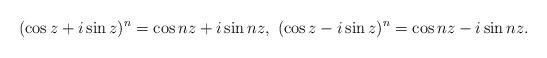
LaTeX: \begin{align*}(\cos z+ i\sin z)^n= \cos nz + i\sin nz, \ (\cos z - i\sin z)^n= \cos nz - i\sin nz.\end{align*}